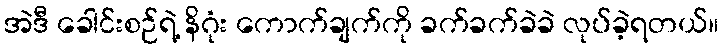
အဲဒီ ခေါင်းစဉ်ရဲ့ နိဂုံး ကောက်ချက်ကို ခက်ခက်ခဲခဲ လုပ်ခဲ့ရတယ်။